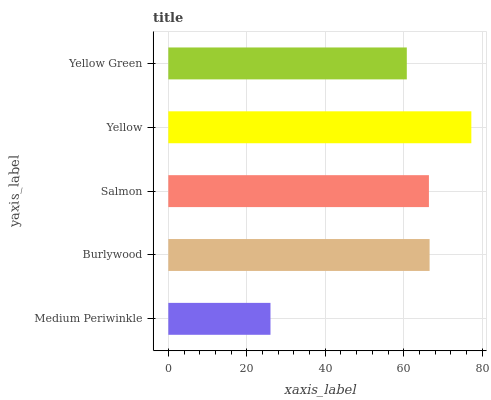
| yaxis_label | bars |
 | --- | --- |
 | Medium Periwinkle | 26 |
 | Burlywood | 66.6 |
 | Salmon | 66.4 |
 | Yellow | 77.2 |
 | Yellow Green | 60.8 |